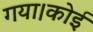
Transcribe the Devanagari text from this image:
गया।कोई